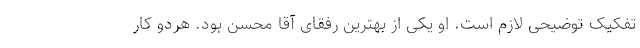
تفکیک توضیحی لازم است. او یکی از بهترین رفقای آقا محسن بود. هردو کار